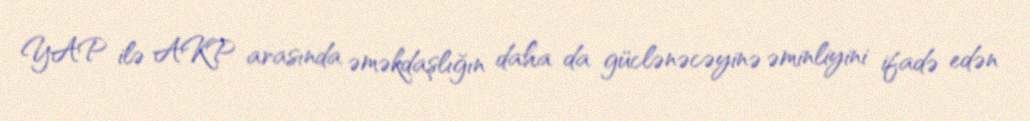
YAP ilə AKP arasında əməkdaşlığın daha da güclənəcəyinə əminliyini ifadə edən